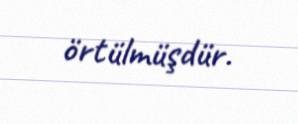
örtülmüşdür.